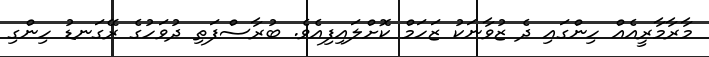
މާރާމާރީއެއް ހިންގައި ދެ ޒުވާނަކު ޒަހަމް ކޮށްލައިފިއެވެ. ބުރާސްފަތި ދުވަހުގެ ރޭގަނޑު ހިންގި